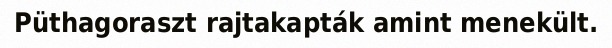
Püthagoraszt rajtakapták amint menekült.